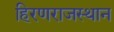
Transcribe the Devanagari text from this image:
हिरणराजस्थान